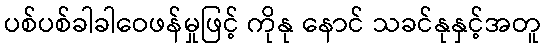
ပစ်ပစ်ခါခါဝေဖန်မှုဖြင့် ကိုနု နောင် သခင်နုနှင့်အတူ